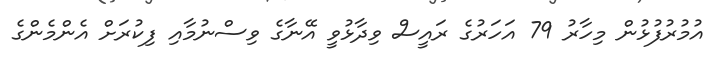
އުމުރުފުޅުން މިހާރު 79 އަހަރުގެ ރައީސް ވިދާޅުވީ އޭނާގެ ވިސްނުމާއި ފިކުރަށް އެންމެންގެ